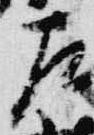
左